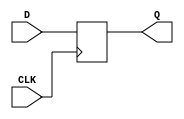
module d_flip_flop (
    input wire D,
    input wire CLK,
    output reg Q
);

always @(posedge CLK)
begin
    Q <= D;
end

endmodule